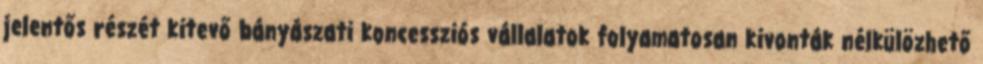
jelentős részét kitevő bányászati koncessziós vállalatok folyamatosan kivonták nélkülözhető